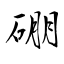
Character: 硼